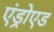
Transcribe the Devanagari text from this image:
एंड्रोएड